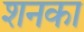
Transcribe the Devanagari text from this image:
शनका